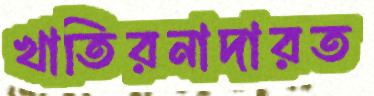
খাতিরনাদারত